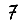
Digit: 7